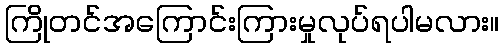
ကြိုတင်အကြောင်းကြားမှုလုပ်ရပါမလား။